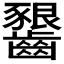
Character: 𪙲